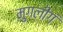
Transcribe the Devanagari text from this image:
मुगलीगं